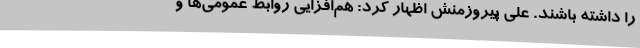
را داشته باشند. علی پیروزمنش اظهار کرد: هم‌افزایی روابط عمومی‌ها و